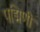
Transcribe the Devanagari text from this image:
पद्मिणी